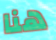
هنا